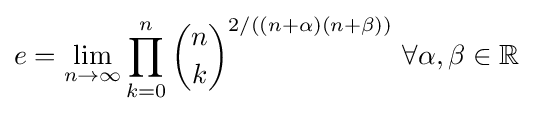
e=\lim \limits _{n\rightarrow \infty }\prod _{k=0}^{n}{n \choose k}^{2/{((n+\alpha )(n+\beta ))}}\ \forall \alpha ,\beta \in {\mathbb {R}}